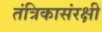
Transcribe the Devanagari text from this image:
तंत्रिकासंरक्षी